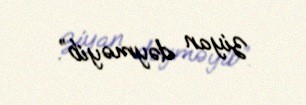
ziyan dəyməyib”.